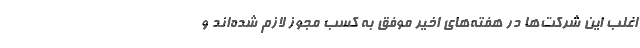
اغلب این شرکت‌ها در هفته‌های اخیر موفق به کسب مجوز لازم شده‌اند و